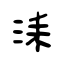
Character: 洡